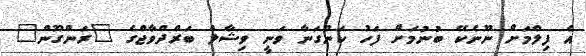
އެ ފިލްމަށް ނޫނެކޭ ބުނުމަށް ފަހު ކަންގަނާ ވަނީ ވިޝާލް ބަރްދްވާޖްގެ "ރަންގޫން"